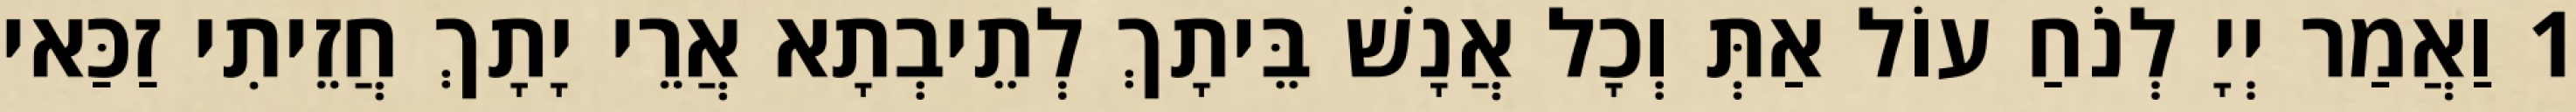
1 וַאֲמַר יְיָ לְנֹחַ עוֹל אַתְּ וְכָל אֲנָשׁ בֵּיתָךְ לְתֵיבְתָא אֲרֵי יָתָךְ חֲזֵיתִי זַכַּאי